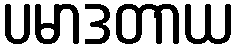
ပမာဒတာယ